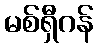
မစ်ရှီဂန်